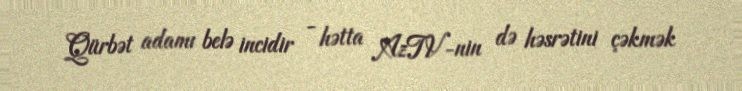
Qürbət adamı belə incidir - hətta AzTV-nin də həsrətini çəkmək